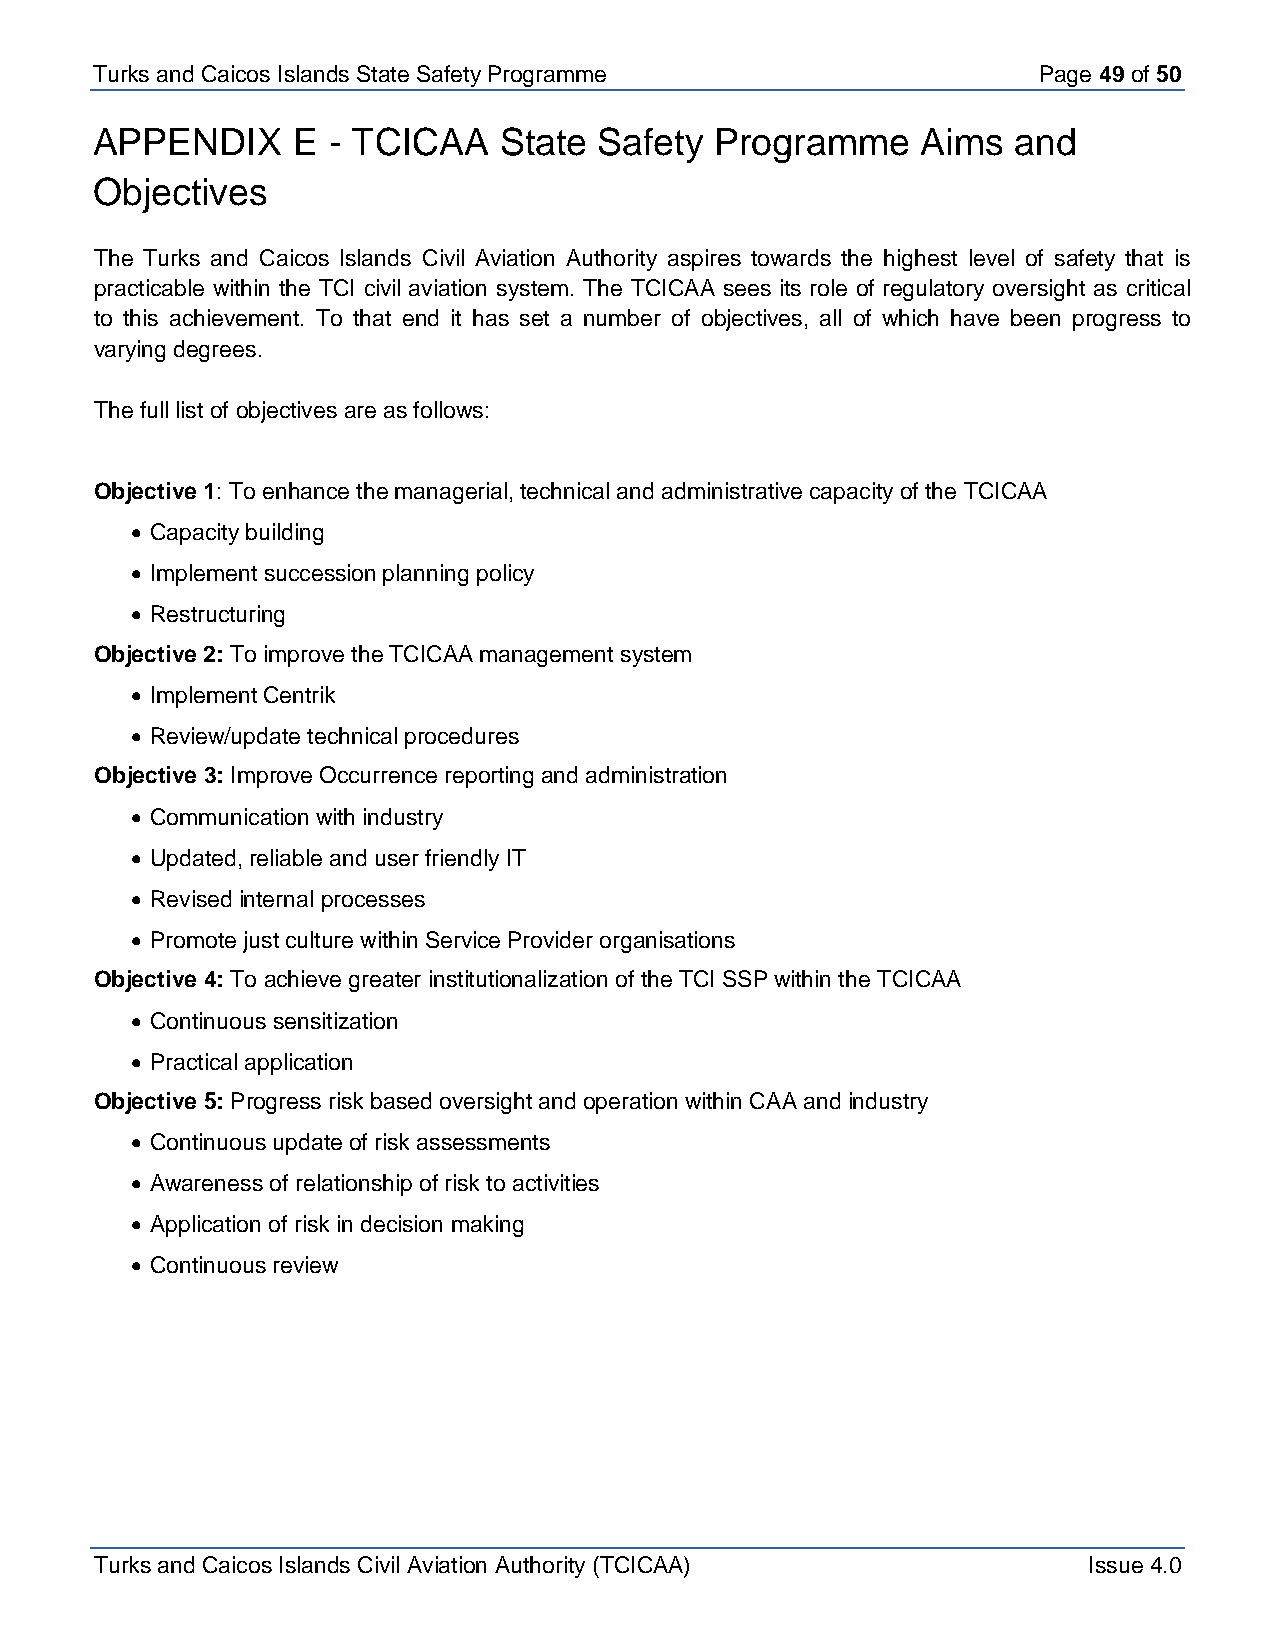
Turks and Caicos Is lands State Safety Programme               Page 49 of 50
 APPENDIX     E  - TCICAA   State  Safety Programme     Aims  and
 Objectives
 The Turks and Caicos Islands Civil Aviation Authority aspires towards the highest level of safety that is
 practicable within the TCI civil aviation system. The TCICAA sees its role of regulatory oversight as critical
 to this achievement. To that end it has set a number of objectives, all of which have been progress to
 varying degrees.
 The full list of objectives are as follows:
 Objective 1: To enhance the managerial, technical and administrative capacity of the TCICAA
 • Capacity building
 • Implement succession planning policy
 • Restructuring
 Objective 2: To improve the TCICAA management system
 • Implement Centrik
 • Review/update technical procedures
 Objective 3: Improve Occurrence reporting and administration
 • Communication with industry
 • Updated, reliable and user friendly IT
 • Revised internal processes
 • Promote just culture within Service Provider organisations
 Objective 4: To achieve greater institutionalization of the TCI SSP within the TCICAA
 • Continuous sensitization
 • Practical application
 Objective 5: Progress risk based oversight and operation within CAA and industry
 • Continuous update of risk assessments
 • Awareness of relationship of risk to activities
 • Application of risk in decision making
 • Continuous review
 Turks and Caicos Islands Civil Aviation Authority (TCICAA)        Issue 4.0